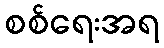
စစ်ရေးအရ